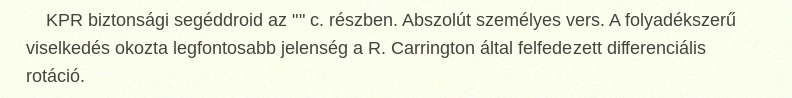
KPR biztonsági segéddroid az "" c. részben. Abszolút személyes vers. A folyadékszerű viselkedés okozta legfontosabb jelenség a R. Carrington által felfedezett differenciális rotáció.